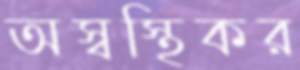
অস্বস্থিকর